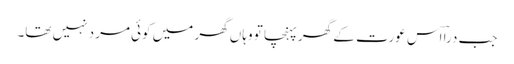
جب دراؔ اس عورت کے گھر پہنچا تو وہاں گھر میں کوئی مرد نہیں تھا۔